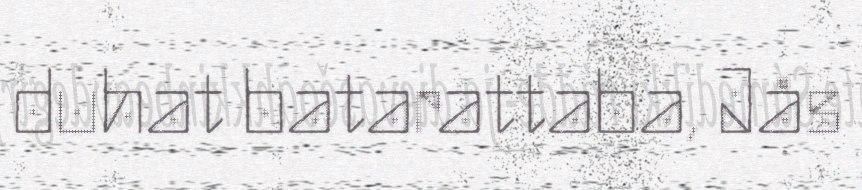
duhat batarattaba, Jås